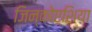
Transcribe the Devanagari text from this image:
जिन्कोएशिया